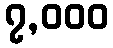
၇,၀၀၀